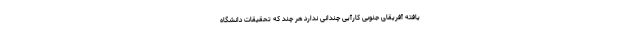
یافته آفریقای جنوبی کارآیی چندانی ندارد هر چند که تحقیقات دانشگاه